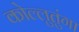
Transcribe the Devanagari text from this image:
कोल्लुतुंगा